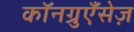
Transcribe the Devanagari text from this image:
कॉनग्रुएँसेज़